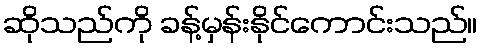
ဆိုသည်ကို ခန့်မှန်းနိုင်ကောင်းသည်။